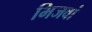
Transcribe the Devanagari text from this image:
भिजवां